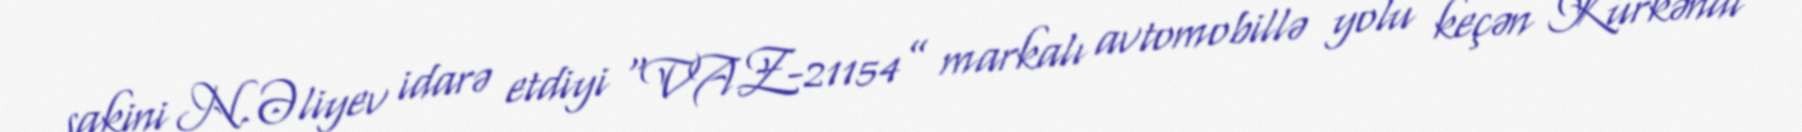
sakini N.Əliyev idarə etdiyi “VAZ-21154” markalı avtomobillə yolu keçən Kürkəndi